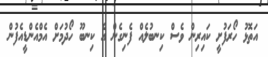
އަތޮޅު ހޯރަފުށީ ކައިރިން ވެސް ކިނބުލެއް ފެނިގެން އެ ކިނބޫ ހޯދުމަށް އެމްއެންޑީއެފުން